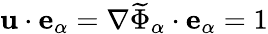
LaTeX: \mathbf{u}\cdot\mathbf{e}_{\alpha}=\nabla\widetilde{\Phi}_{\alpha}\cdot\mathbf{e}_{\alpha}=1